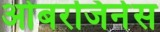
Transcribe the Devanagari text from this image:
ओबरजिनेस